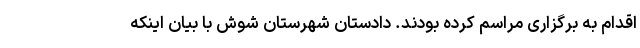
اقدام به برگزاری مراسم کرده بودند. دادستان شهرستان شوش با بیان اینکه